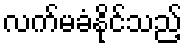
လက်မခံနိုင်သည့်